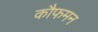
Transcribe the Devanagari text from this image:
कौफमन